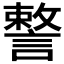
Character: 𧫣